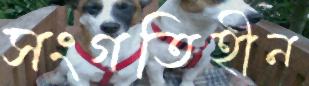
সংগতিহীন